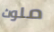
ملوث